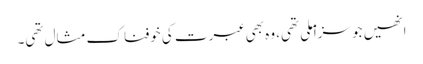
انھیں جو سزا ملی تھی، وہ بھی عبرت کی خوفناک مثال تھی۔